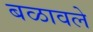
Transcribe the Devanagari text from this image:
बळावले